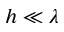
h \ll \lambda